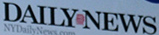
DAILYNEWS